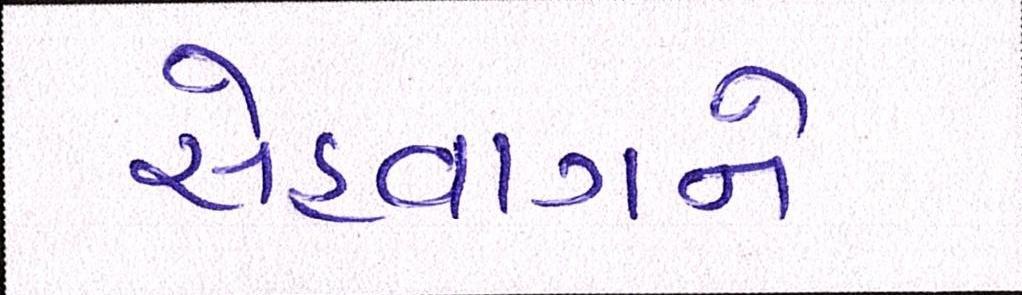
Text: સેહવાગને